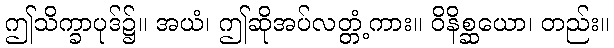
ဤသိက္ခာပုဒ်၌။ အယံ၊ ဤဆိုအပ်လတ္တံ့ကား။ ဝိနိစ္ဆယော၊ တည်း။